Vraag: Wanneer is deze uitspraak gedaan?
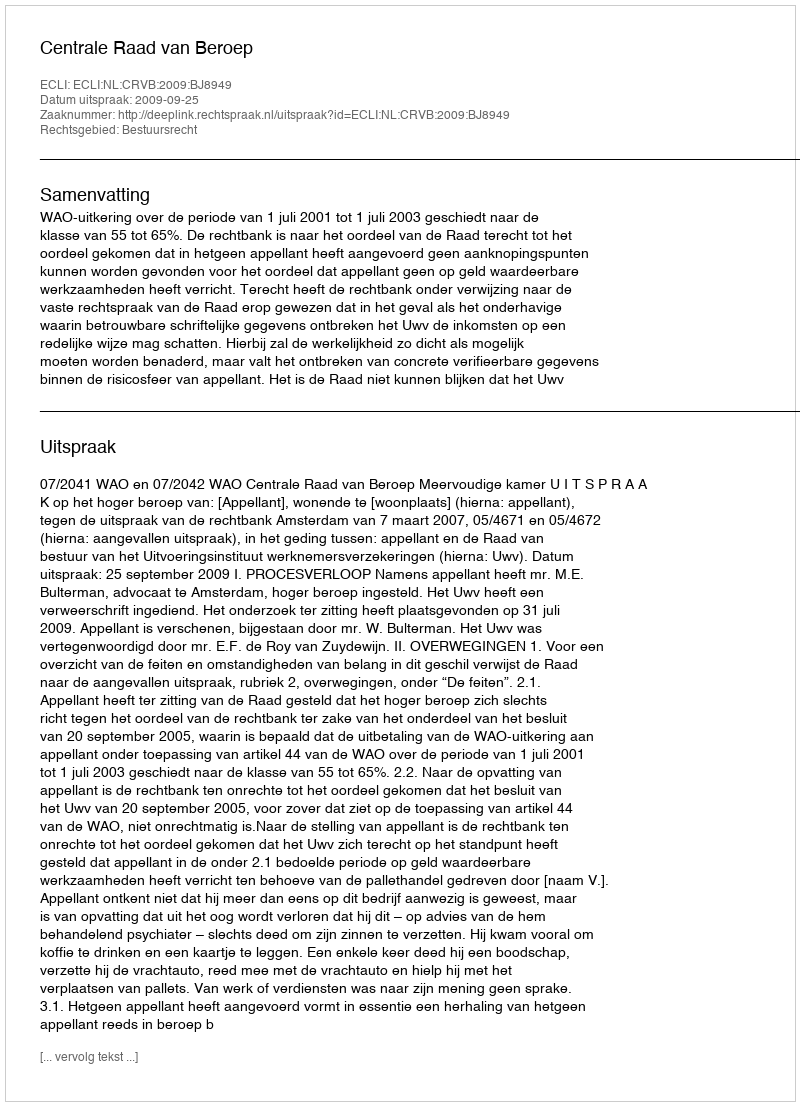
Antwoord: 2009-09-25